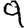
Digit: 9